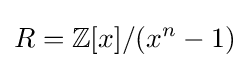
R=\mathbb {Z} [x]/(x^{n}-1)